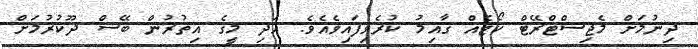
ދިނުމަށް މެޖިސްޓްރޭޓް ކޯޓެއް ޤާއިމު ކުރެވިފައިވެއެވެ. އަދި މީގެ އިތުރުން ބޭސް ދޫކުރުމަށް